Vaccination in the Punjab 1897-1904 - 1897-1904
Year: 1897
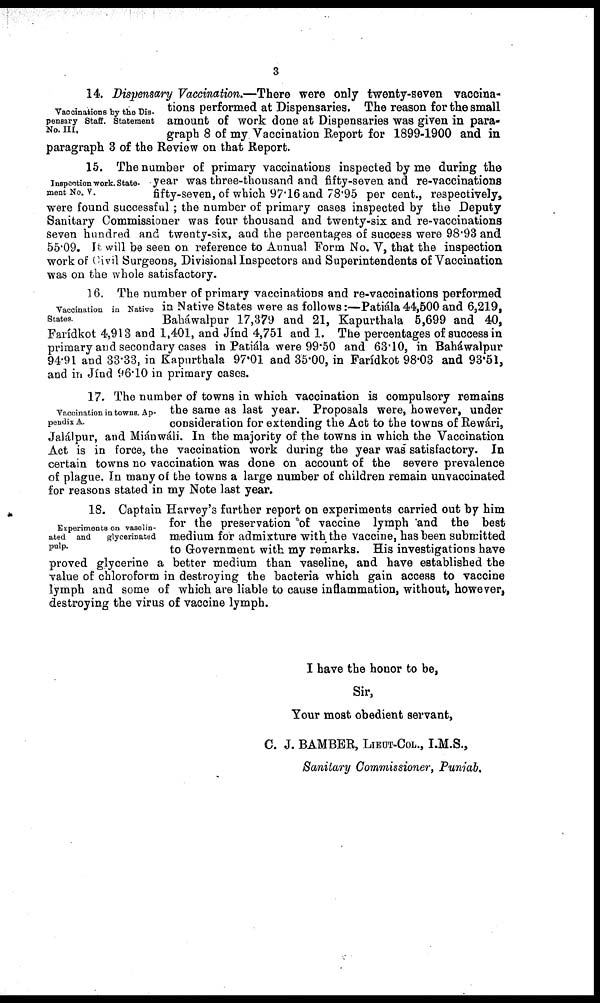
3
Vaccinations by the Dis-
pensary Staff. Statement
No. III.
14. Dispensary Vaccination.—There were only twenty-seven vaccina-
tions performed at Dispensaries. The reason for the small
amount of work done at Dispensaries was given in para-
graph 8 of my Vaccination Report for 1899-1900 and in
paragraph 3 of the Review on that Report.
Inspection work. State-
ment No. V.
15. The number of primary vaccinations inspected by me during the
year was three-thousand and fifty-seven and re-vaccinations
fifty-seven, of which 97.16 and 78.95 per cent., respectively,
were found successful ; the number of primary cases inspected by the Deputy
Sanitary Commissioner was four thousand and twenty-six and re-vaccinations
seven hundred and twenty-six, and the percentages of success were 98.93 and
55.09. It will be seen on reference to Annual Form No. V, that the inspection
work of Civil Surgeons, Divisional Inspectors and Superintendents of Vaccination
was on the whole satisfactory.
Vaccination in Native
States.
16. The number of primary vaccinations and re-vaccinations performed
in Native States were as follows:—Patiála 44,500 and 6,219,
Baháwalpur 17,379 and 21, Kapurthala 5,699 and 40,
Farídkot 4,913 and 1,401, and Jínd 4,751 and 1. The percentages of success in
primary and secondary cases in Patiála were 99.50 and 63.10, in Baháwalpur
94.91 and 33.33, in Kapurthala 97.01 and 35.00, in Farídkot 98.03 and 93.51,
and in Jínd 96.10 in primary cases.
Vaccination in towns. Ap-
pendix A.
17. The number of towns in which vaccination is compulsory remains
the same as last year. Proposals were, however, under
consideration for extending the Act to the towns of Rewári,
Jalálpur, and Miánwáli. In the majority of the towns in which the Vaccination
Act is in force, the vaccination work during the year was satisfactory. In
certain towns no vaccination was done on account of the severe prevalence
of plague. In many of the towns a large number of children remain unvaccinated
for reasons stated in my Note last year.
Experiments on vaselin-
ated and
glycerinated
pulp.
18. Captain Harvey's further report on experiments carried out by him
for the preservation of vaccine lymph and the best
medium for admixture with the vaccine, has been submitted
to Government with my remarks. His investigations have
proved glycerine a better medium than vaseline, and have established the
value of chloroform in destroying the bacteria which gain access to vaccine
lymph and some of which are liable to cause inflammation, without, however,
destroying the virus of vaccine lymph.
I have the honor to be,
Sir,
Your most obedient servant,
C. J. BAMBER, LIEUT-COL., I.M.S.,
Sanitary Commissioner, Punjab.